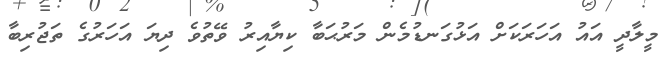
މީލާދީ އައު އަހަރަކަށް އަޅުގަނޑުމެން މަރުޙަބާ ކިޔާއިރު ވޭތުވެ ދިޔަ އަހަރުގެ ތަޖުރިބާ